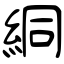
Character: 絧